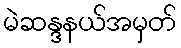
မဲဆန္ဒနယ်အမှတ်